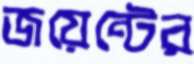
জয়েন্টের